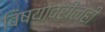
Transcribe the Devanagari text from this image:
विषयांवरीलही